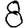
Digit: 8